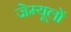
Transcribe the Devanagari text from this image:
जेम्यूलों